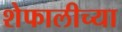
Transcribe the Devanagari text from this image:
शेफालीच्या